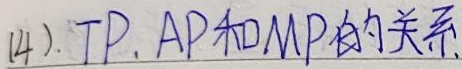
(4). \(TP\)、\(AP\)和\(MP\)的关系